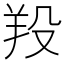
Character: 羖